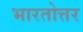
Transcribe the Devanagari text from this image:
भारतोत्तर